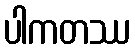
ပါကတဿ